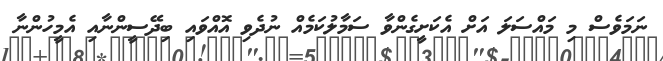
ނަމަވެސް މި މައްސަލަ އަށް އެކަށީގެންވާ ސަމާލުކަމެއް ނުދެވި އޮއްވައި ބިދޭސީންނާއި އެމީހުންނާ